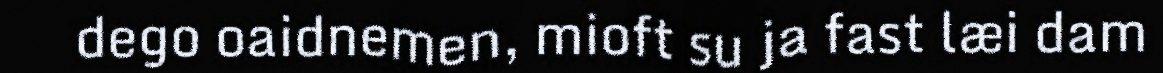
dego oaidnemen, mioft su ja fast læi dam